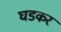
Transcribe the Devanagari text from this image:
घडकर